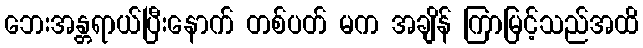
ဘေးအန္တရာယ်ပြီးနောက် တစ်ပတ် မက အချိန် ကြာမြင့်သည်အထိ